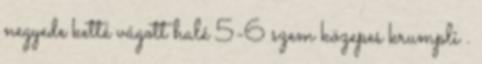
negyede ketté vágott halé 5-6 szem közepes krumpli .